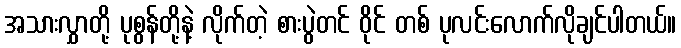
အသားလွှာတို့ ပုစွန်တို့နဲ့ လိုက်တဲ့ စားပွဲတင် ဝိုင် တစ် ပုလင်းလောက်လိုချင်ပါတယ်။